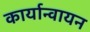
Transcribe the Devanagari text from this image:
कार्यान्वायन